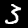
Digit: 3